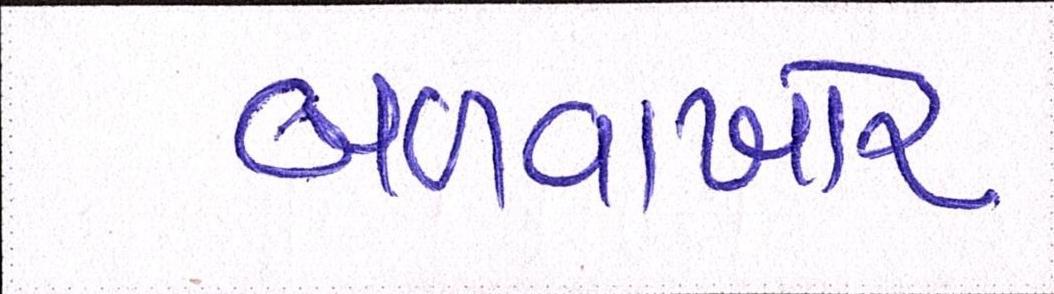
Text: બળવાખોર